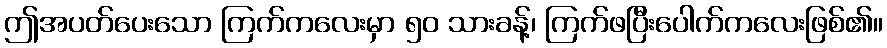
ဤအပတ်ပေးသော ကြက်ကလေးမှာ ၅၀ သားခန့်၊ ကြက်ဖပြီးပေါက်ကလေးဖြစ်၏။